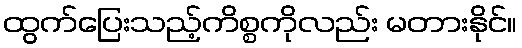
ထွက်ပြေးသည့်ကိစ္စကိုလည်း မတားနိုင်။